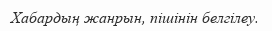
Хабардың жанрын, пішінін белгілеу.